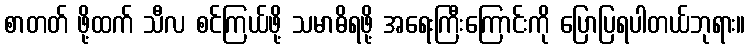
စာတတ် ဖို့ထက် သီလ စင်ကြယ်ဖို့ သမာဓိရဖို့ အရေးကြီးကြောင်းကို ပြောပြရပါတယ်ဘုရား။